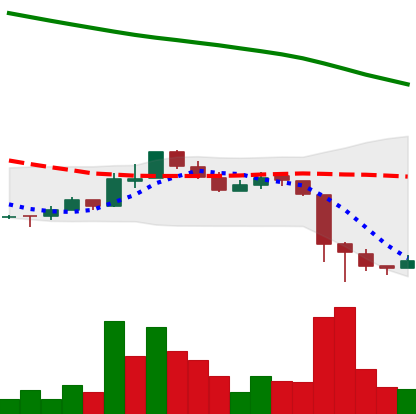
Ticker: ADA-USD
Chart end date: 2018-11-18
Forward return: -29.886%
Label: down_7plus